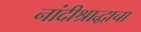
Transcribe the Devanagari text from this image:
नांदीश्राद्धाचा